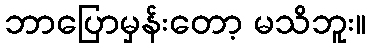
ဘာပြောမှန်းတော့ မသိဘူး။